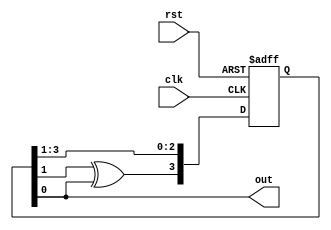
module prbs(
    input clk,
    input rst,
    output out
    );
    reg [3:0] temp;
    
    always @ (posedge clk or posedge rst)
    begin
     if(rst)
       temp =4'b1000;
      else if(clk)
      
      temp <={temp[1] ^ temp[0],temp[3],temp[2],temp[1]}; 
     end
  assign out = temp[0];  
endmodule